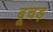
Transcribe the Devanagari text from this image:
बूचड़